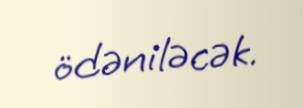
ödəniləcək.